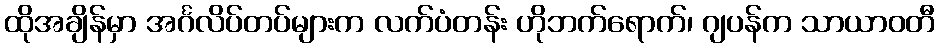
ထိုအချိန်မှာ အင်္ဂလိပ်တပ်များက လက်ပံတန်း ဟိုဘက်ရောက်၊ ဂျပန်က သာယာဝတီ